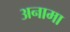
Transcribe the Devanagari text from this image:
अनामा